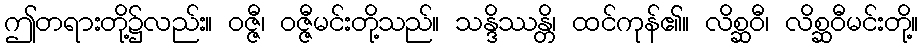
ဤတရားတို့၌လည်း။ ဝဇ္ဇီ၊ ဝဇ္ဇီမင်းတို့သည်။ သန္ဒိဿန္တိ၊ ထင်ကုန်၏။ လိစ္ဆဝီ၊ လိစ္ဆဝီမင်းတို့။